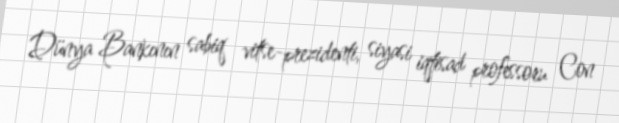
Dünya Bankının sabiq vitse-prezidenti, siyasi iqtisad professoru Con